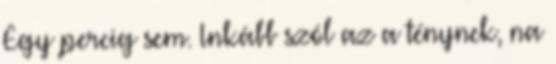
Egy percig sem. Inkább szól az a ténynek, na